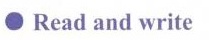
\bullet Read and write